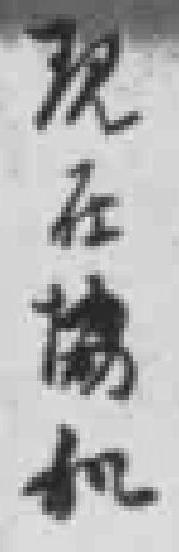
现在協和